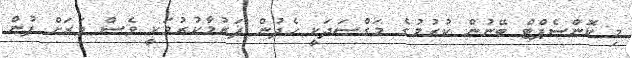
މި ކޮންސެޕްޓް ބޭނުން ކުރުމުގެ މަގްސަދަކީ ހެދުން ފަރުމާކުރުމަކީ ވެސް ވަރަށް ފުން